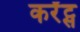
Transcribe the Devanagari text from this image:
कर्रेंट्स